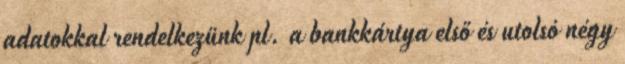
adatokkal rendelkezünk pl. a bankkártya első és utolsó négy